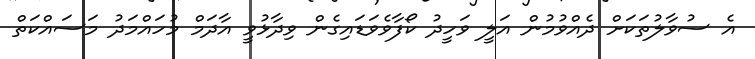
އެ ސުވާލުތަކަށް ދެއްވުމުން އަލީ ވަހީދު ކޯފާވެވަޑައިގެން ވިދާޅުވީ އާދަމް މުހައްމަދު މަސައްކަތް